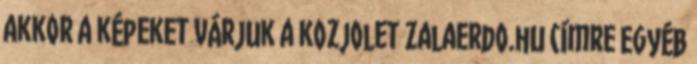
akkor a képeket várjuk a kozjolet zalaerdo.hu címre Egyéb